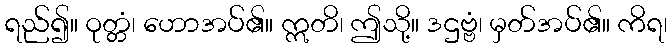
ရည်၍။ ဝုတ္တံ၊ ဟောအပ်၏။ ဣတိ၊ ဤသို့။ ဒဌဗ္ဗံ၊ မှတ်အပ်၏။ ကိရ၊